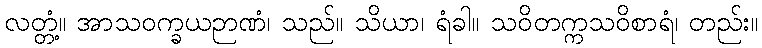
လတ္တံ့။ အာသဝက္ခယဉာဏံ၊ သည်။ သိယာ၊ ရံခါ။ သဝိတက္ကသဝိစာရံ၊ တည်း။